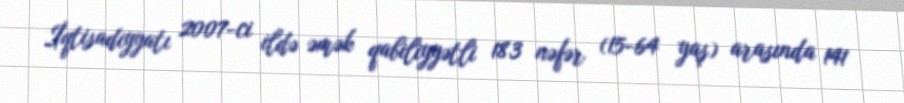
İqtisadiyyatı 2007-ci ildə əmək qabiliyyətli 183 nəfər (15-64 yaş) arasında 141